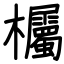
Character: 欘